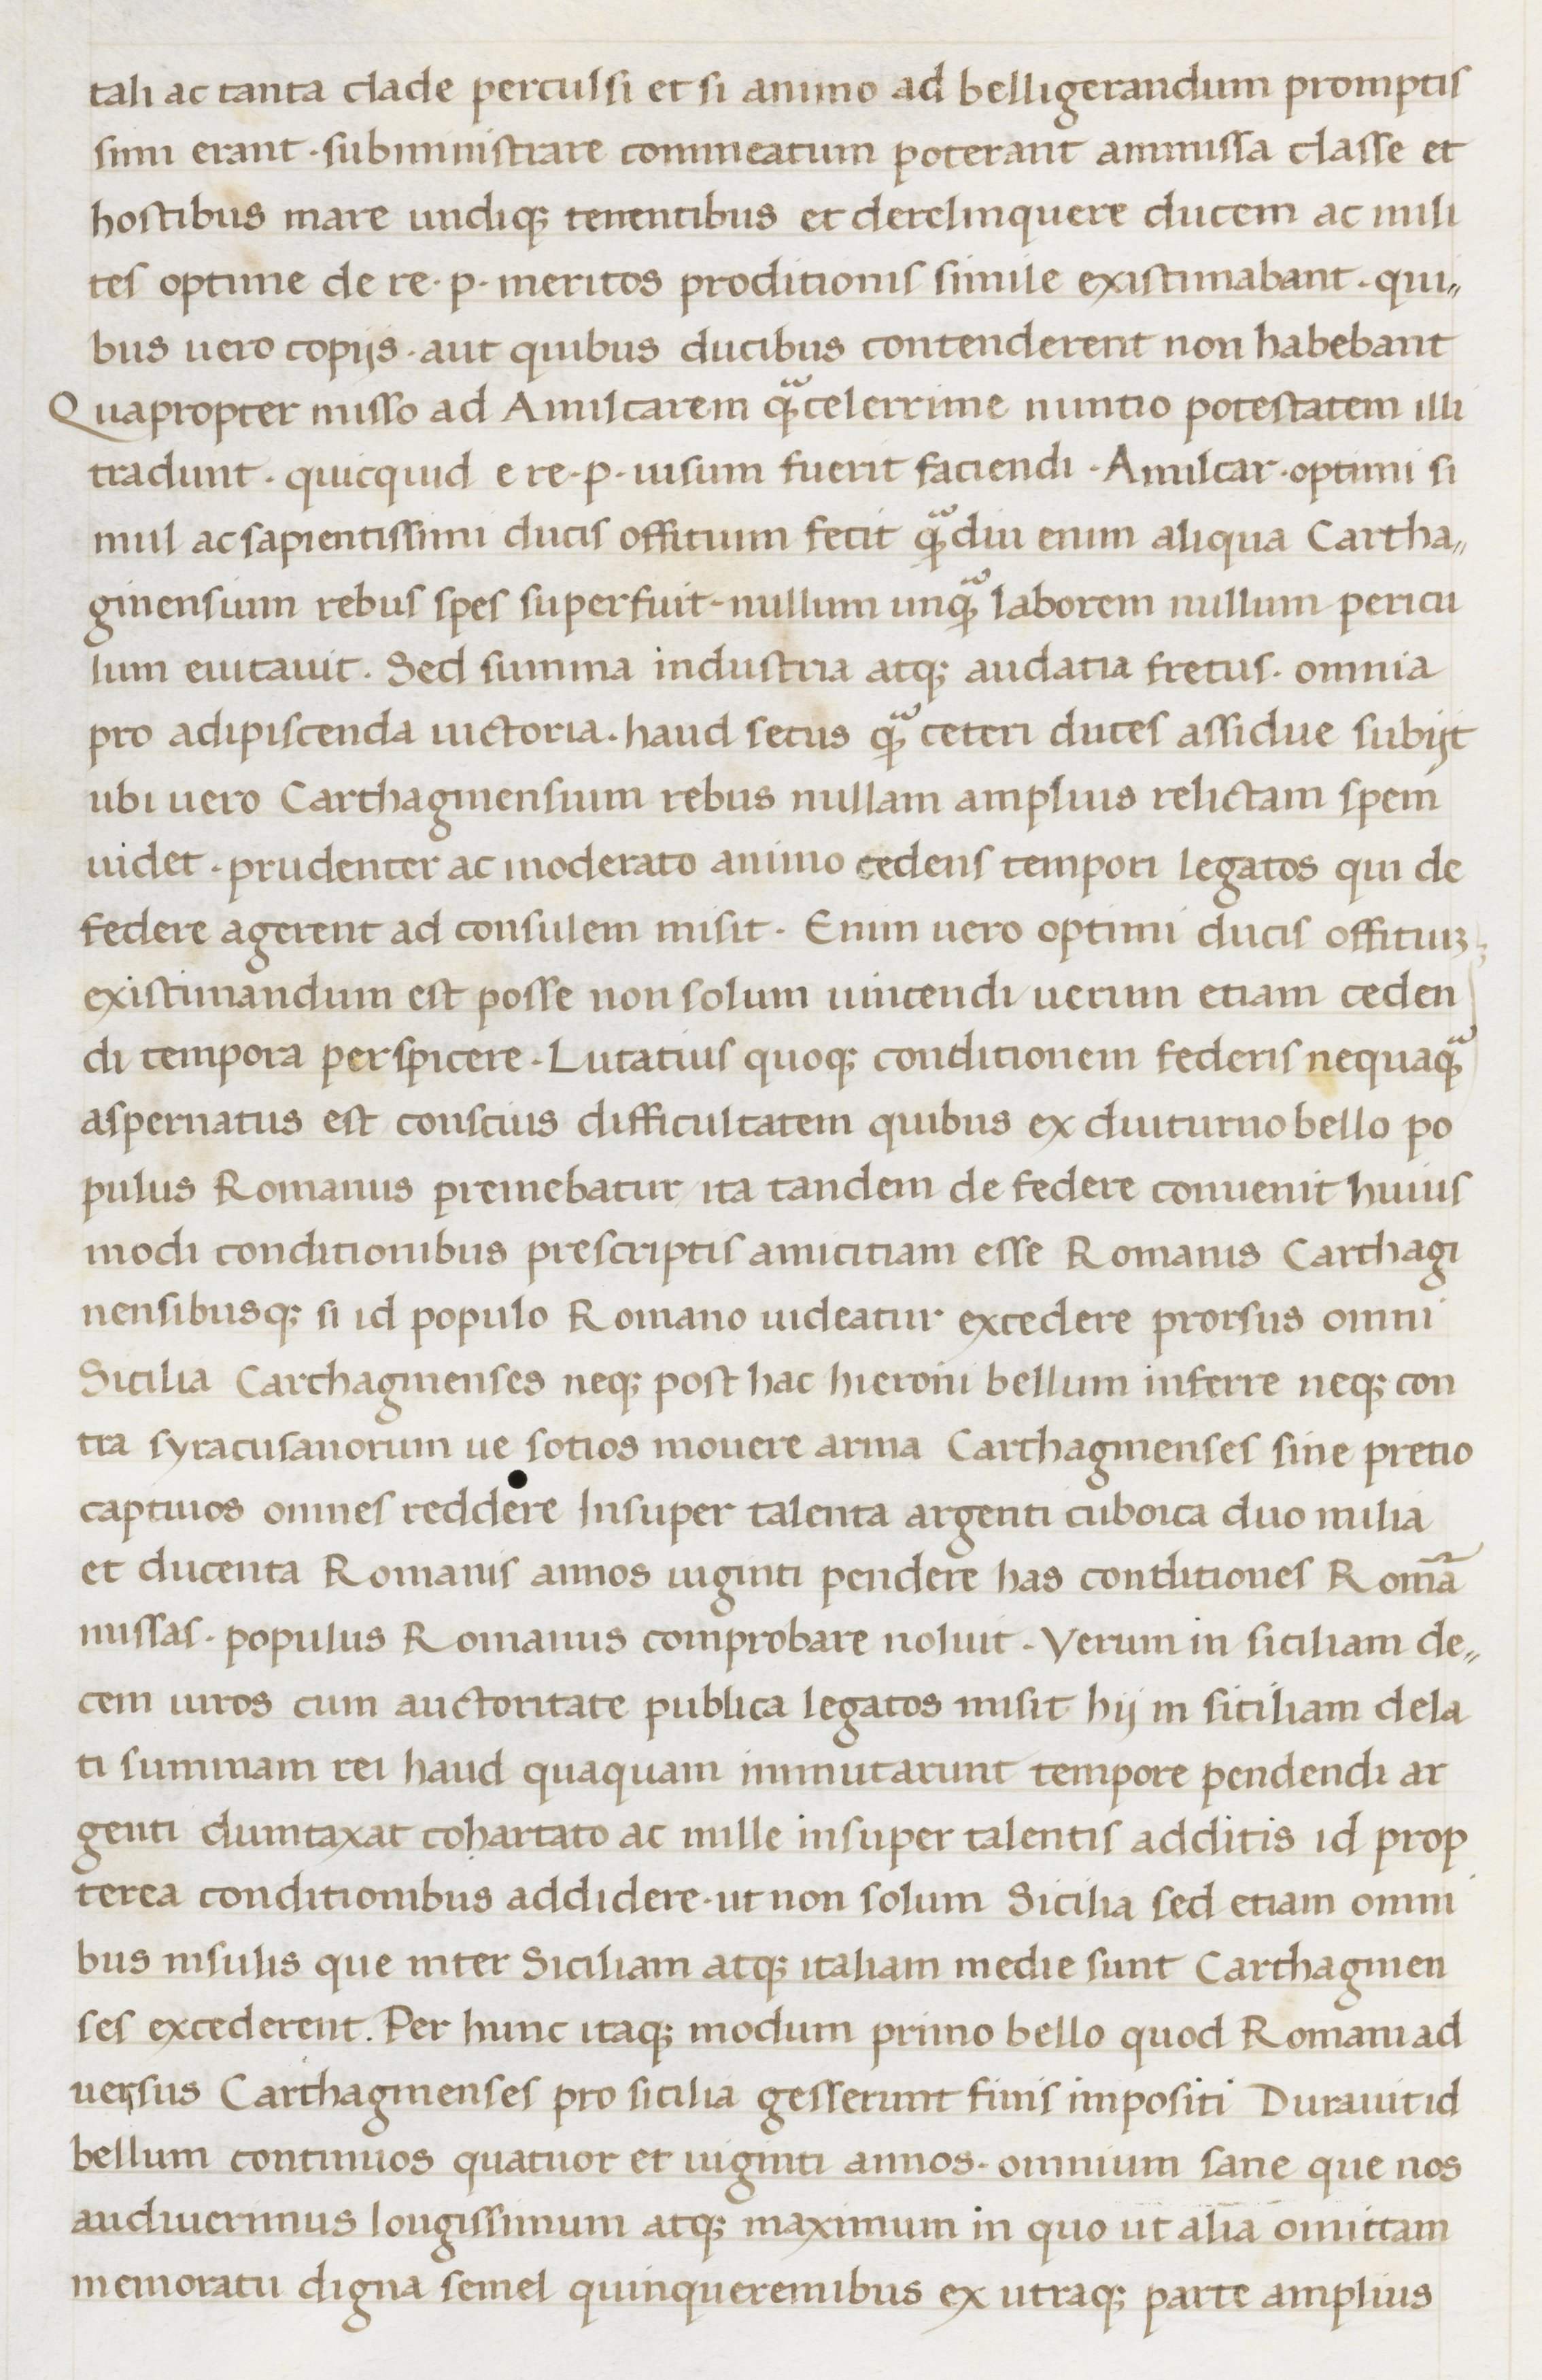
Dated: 1400–1499